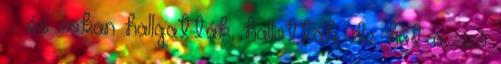
–, és sokan hallgatták, hallották, de hát a szó